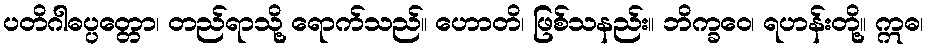
ပတိဂါဓပ္ပတ္တော၊ တည်ရာသို့ ရောက်သည်။ ဟောတိ၊ ဖြစ်သနည်း။ ဘိက္ခဝေ၊ ရဟန်းတို့။ ဣဓ၊